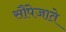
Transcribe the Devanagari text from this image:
सौंपेजाते